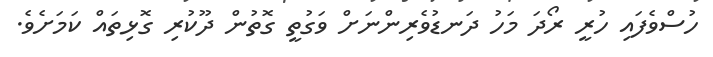
ހުސްވެފައި ހުރީ ރޯދަ މަހު ދަނޑުވެރިންނަށް ވަގުތީ ގޮތުން ދޫކުރި ގޮޅިތައް ކަމަށެވެ.